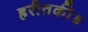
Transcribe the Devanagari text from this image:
हरीतकी॥